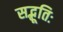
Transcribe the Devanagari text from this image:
सद्भूतिः